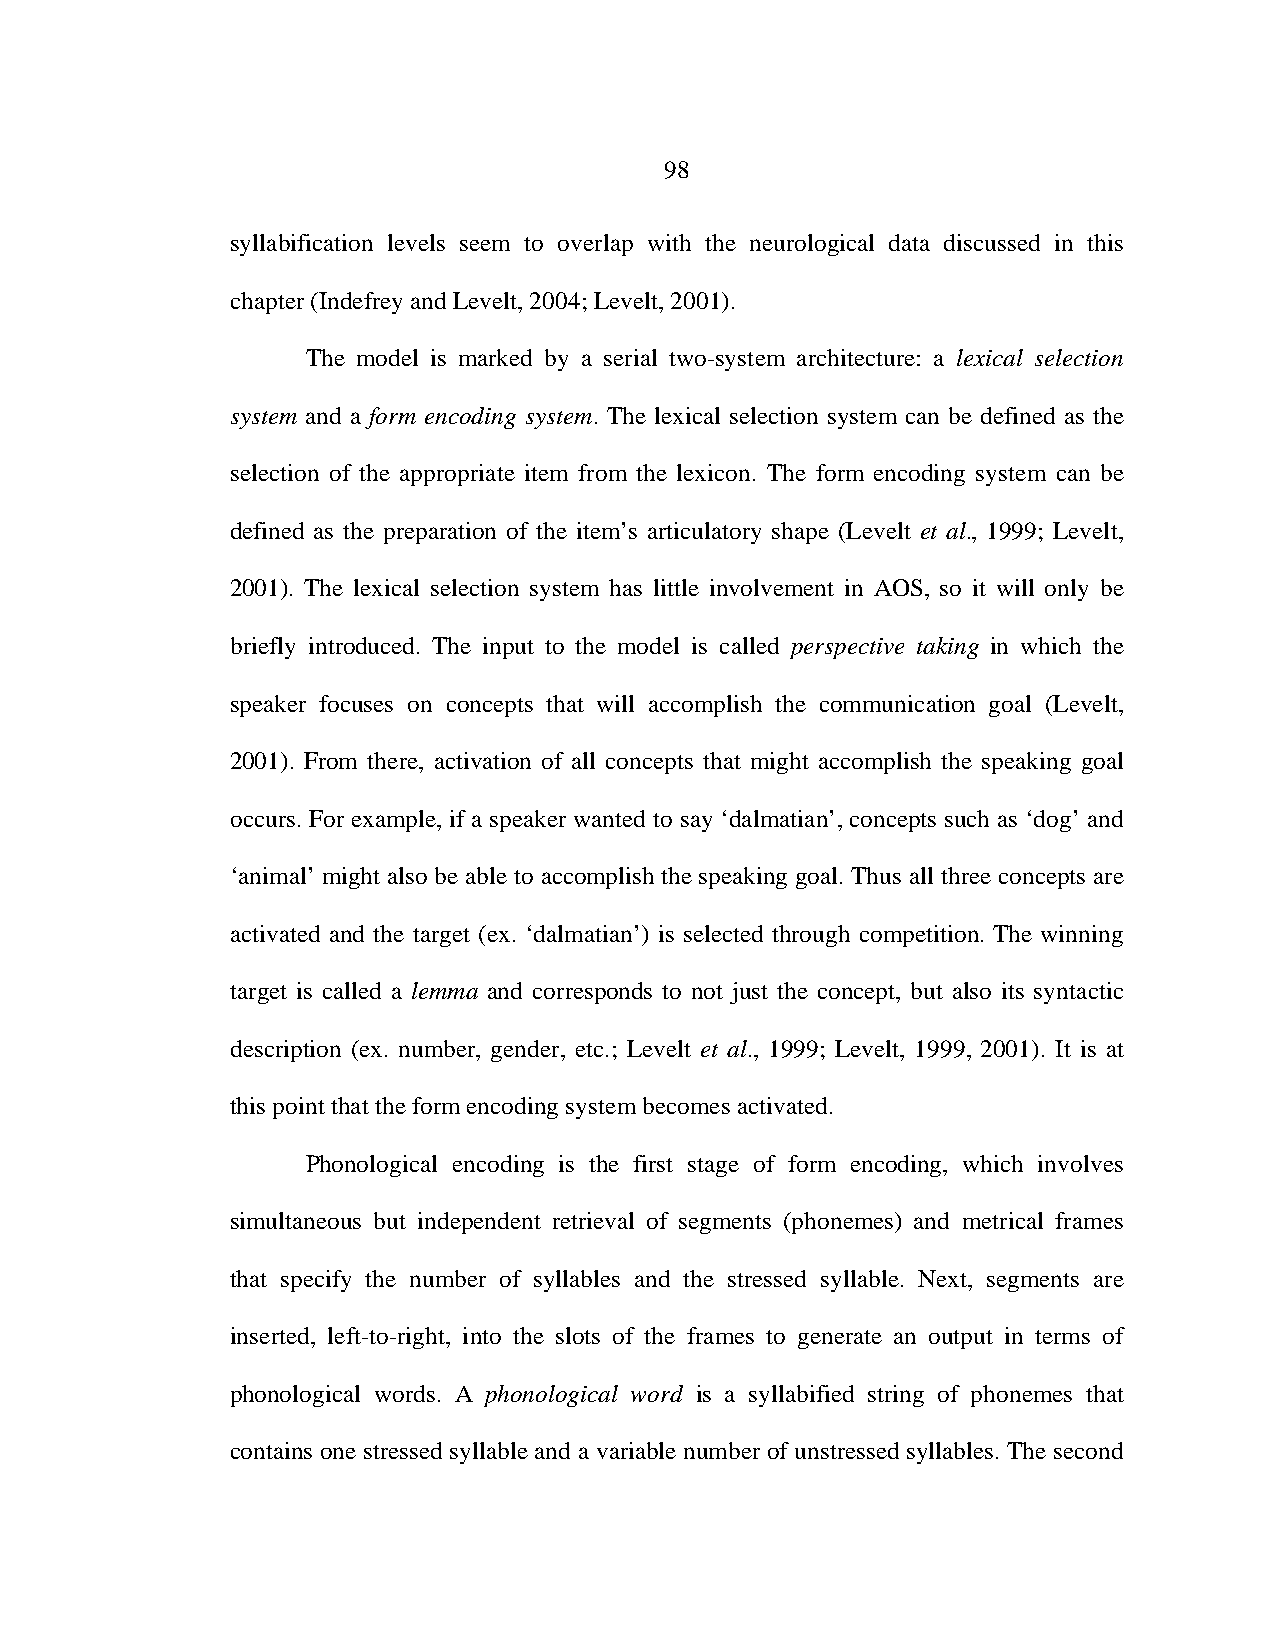
98
 syllabification levels seem to overlap with the neurological data discussed in this
 chapter (Indefrey and Levelt, 2004; Levelt, 2001).
 The model is marked by a serial two-system architecture: a lexical selection
 system and a form encoding system. The lexical selection system can be defined as the
 selection of the appropriate item from the lexicon. The form encoding system can be
 defined as the preparation of the item’s articulatory shape (Levelt et al., 1999; Levelt,
 2001). The lexical selection system has little involvement in AOS, so it will only be
 briefly introduced. The input to the model is called perspective taking in which the
 speaker focuses on concepts that will accomplish the communication goal (Levelt,
 2001). From there, activation of all concepts that might accomplish the speaking goal
 occurs. For example, if a speaker wanted to say ‘dalmatian’, concepts such as ‘dog’ and
 ‘animal’ might also be able to accomplish the speaking goal. Thus all three concepts are
 activated and the target (ex. ‘dalmatian’) is selected through competition. The winning
 target is called a lemma and corresponds to not just the concept, but also its syntactic
 description (ex. number, gender, etc.; Levelt et al., 1999; Levelt, 1999, 2001). It is at
 this point that the form encoding system becomes activated.
 Phonological encoding is the first stage of form encoding, which involves
 simultaneous but independent retrieval of segments (phonemes) and metrical frames
 that specify the number of syllables and the stressed syllable. Next, segments are
 inserted, left-to-right, into the slots of the frames to generate an output in terms of
 phonological words. A phonological word is a syllabified string of phonemes that
 contains one stressed syllable and a variable number of unstressed syllables. The second